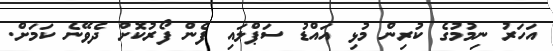
އަހަރު ނިމުމުގެ ކުރިން މުޅި އައްޑު ސަޕްލައި ފެން ފޯރުކޮށް ދެވޭނެ ކަމަށް.